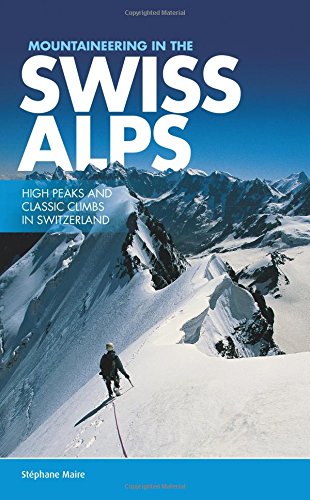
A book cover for Mountaineering in the Swiss Alps: High Peaks and Classic Climbs in Switzerland; Stephane Maire; Travel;